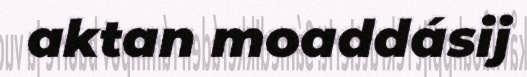
aktan moaddásij